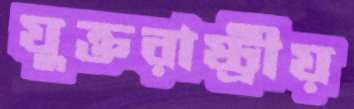
যুক্তরাষ্ট্রীয়